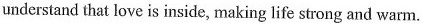
understand that love is inside, making life strong and warm.